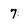
Character: 7